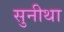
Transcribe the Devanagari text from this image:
सुनीथा